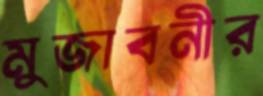
মুজাবনীর